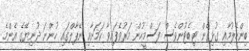
ބިންހެލުމާއި ގުޅިގެން ޓިބެޓުންވެސް ފަސްމީހުން މަރުވެފައިވާ ކަމަށާއި ނޭޕާލްގައި ހުންނަ ދުނިޔޭގެ އެންމެ